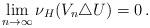
LaTeX: \begin{align*}\lim_{n\to\infty} \nu_H(V_n\triangle U)=0\,.\end{align*}